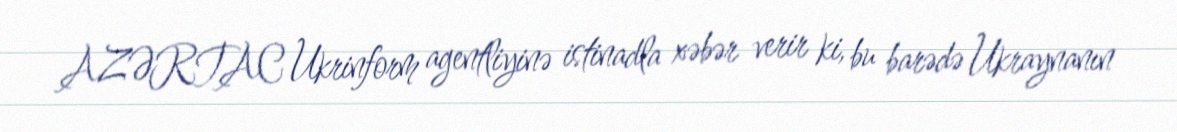
AZƏRTAC Ukrinform agentliyinə istinadla xəbər verir ki, bu barədə Ukraynanın